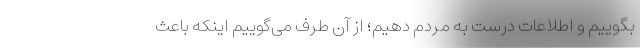
بگوییم و اطلاعات درست به مردم دهیم؛ از آن طرف می‌گوییم اینکه باعث